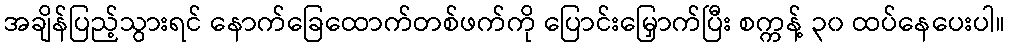
အချိန်ပြည့်သွားရင် နောက်ခြေထောက်တစ်ဖက်ကို ပြောင်းမြှောက်ပြီး စက္ကန့် ၃၀ ထပ်နေပေးပါ။